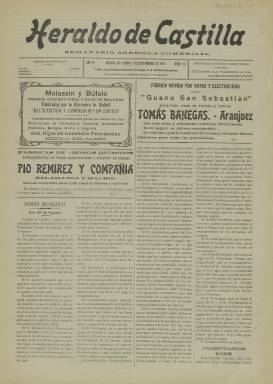
Título: Heraldo de Castilla
Colección: Periódicos
Ámbito geográfico: Valladolid
Lugar de publicación: Medina del Campo [Valladolid]
Fechas: 03/09/1911-03/09/1911